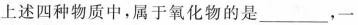
上述四种物质中，属于氧化物的是___，一